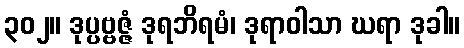
၃၀၂။ ဒုပ္ပဗ္ဗဇ္ဇံ ဒုရဘိရမံ၊ ဒုရာဝါသာ ဃရာ ဒုခါ။